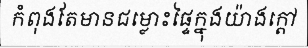
កំពុងតែមានជម្លោះផ្ទៃក្នុងយ៉ាងក្តៅ